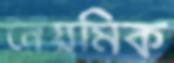
নৈয়মিক